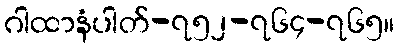
ဂါထာနံပါတ်-၇၅၂-၇၆၄-၇၆၅။